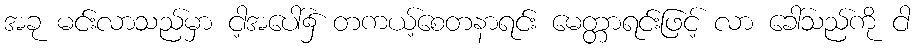
အခု မင်းလာသည်မှာ ငါ့အပေါ်၌ တကယ့်စေတနာရင်း မေတ္တာရင်းဖြင့် လာ ခေါ်သည်ကို ငါ